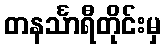
တနင်္သာရီတိုင်းမှ